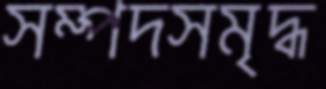
সম্পদসমৃদ্ধ